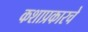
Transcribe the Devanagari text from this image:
कशाप्रकारचे